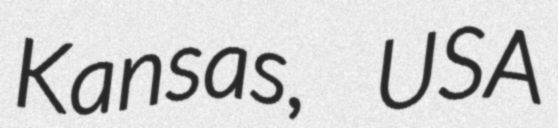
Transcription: Kansas, USA